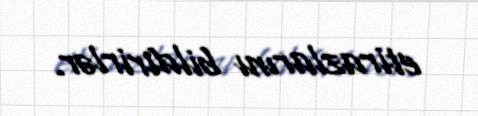
etirazlarını bildirirlər.